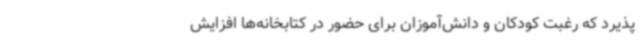
پذیرد که رغبت کودکان و دانش‌آموزان برای حضور در کتابخانه‌ها افزایش